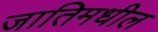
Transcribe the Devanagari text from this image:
जातिमधील